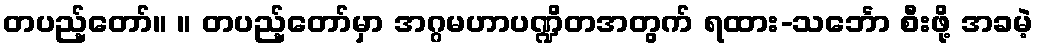
တပည့်တော်။ ။ တပည့်တော်မှာ အဂ္ဂမဟာပဏ္ဍိတအတွက် ရထား-သင်္ဘော စီးဖို့ အခမဲ့